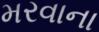
મરવાના